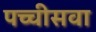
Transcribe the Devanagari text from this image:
पच्चीसवा